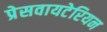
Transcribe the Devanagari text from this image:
प्रेसवायटेरियन